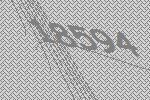
18594